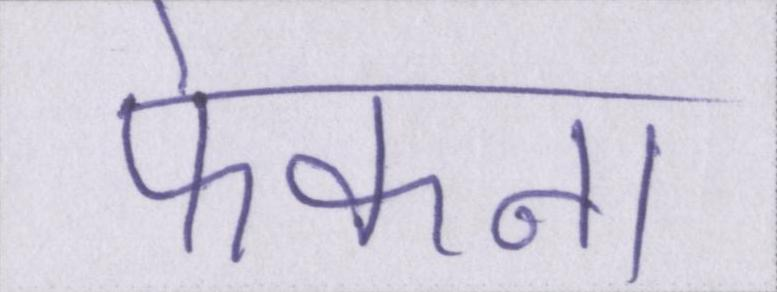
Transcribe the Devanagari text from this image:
फेकना